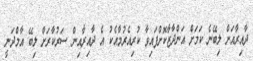
ދާއިރާއަށް ލިބޭނެ ކަމަށް އަންދާޒާކޮށްފައިވާ ކުރިއެރުމާއެކު އެ ދާއިރާއިން ސަރުކާރަށް ލިބޭ އާމްދަނީ